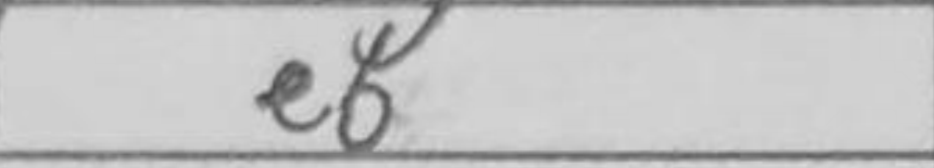
Transcription: e6